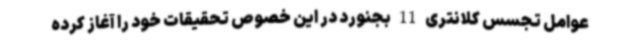
عوامل تجسس کلانتری 11 بجنورد در این خصوص تحقیقات خود را آغاز کرده